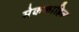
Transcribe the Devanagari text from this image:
मेककाहिल